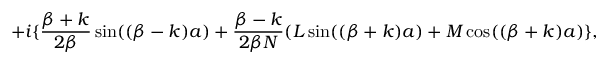
+ i \{ \frac { \beta + k } { 2 \beta } \sin ( ( \beta - k ) a ) + \frac { \beta - k } { 2 \beta N } ( L \sin ( ( \beta + k ) a ) + M \cos ( ( \beta + k ) a ) \} ,